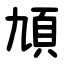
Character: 頄